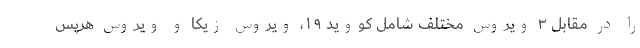
را در مقابل ۳ ویروس مختلف شامل کووید ۱۹، ویروس زیکا و ویروس هرپس